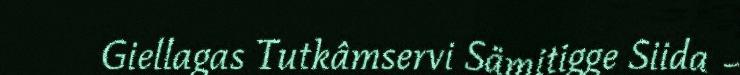
Giellagas Tutkâmservi Sämitigge Siida –